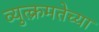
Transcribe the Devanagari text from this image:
व्युत्क्रमतेच्या